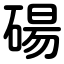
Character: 碭